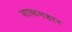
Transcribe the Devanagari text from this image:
शासनहार